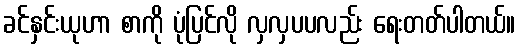
ခင်နှင်းယုဟာ စာကို ပုံပြင်လို လှလှပပလည်း ရေးတတ်ပါတယ်။